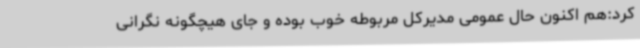
کرد:هم اکنون حال عمومی مدیرکل مربوطه خوب بوده و جای هیچگونه نگرانی